Scientific memoirs by medical officers of the Army of India - Part XI,
Year: 1898
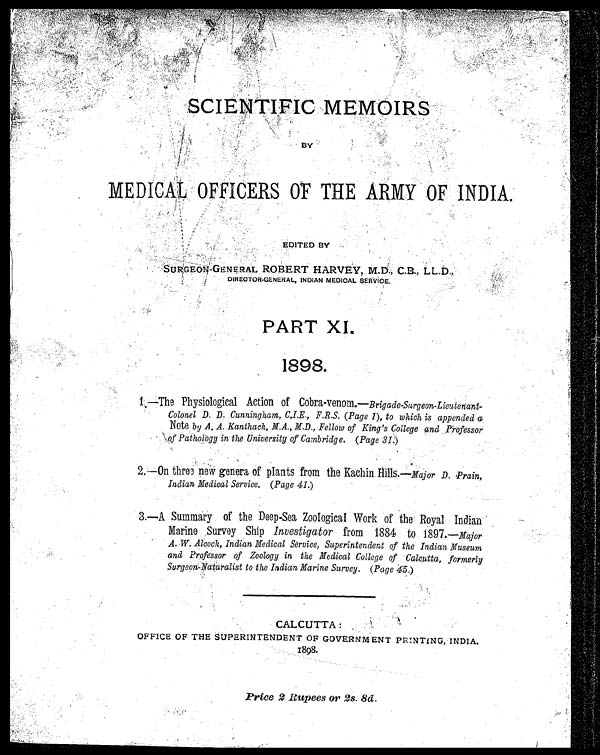
SCIENTIFIC MEMOIRS
B Y
MEDICAL OFFICERS Or THE ARMY OF INDIA
.
EDITED BY
SURGEON-GENERAL ROBERT HARVEY, M.D.,LB.,LL.
D.,
DIRECTOR GENERAL, INDIAN MEDICAL SERVICE.
PART XL
1898.
1 —The Physiological Action of Cobra-venom— Brigade-Surgeon-Lieutenant-
Colonel D. D. Cunningham, C.I.E., F.R.S. (Page 1), to which is appended a
Note by A. A. Kanthach, M.A., M.D., Fellow of King's College and Professor
Pathology in the University of Cambridge. (Page 31)
2.—On three new genera of plants from the Kachin
Indian Medical Service. (Page 41.)
3.—A Summary of the Deep-Sea Zoological Work of the Royal Indian
Marine Survey Ship Investigator from 1884 to 1897— Major
A. W. Alcock, Indian Medical Service, Superintendent of the Indian Museum
and Professor of Zoology in the Medical College of Calcutta, formerly
Surgeon-Naturalist to the Indian Marine Survey. (Page 45.)
CALCUTTA :
OFFICE OF THE SUPERINTENDENT OF GOVERNMENT PRINTING, INDIA.
1898.
Price 2 Rupees or 2s. 8d.